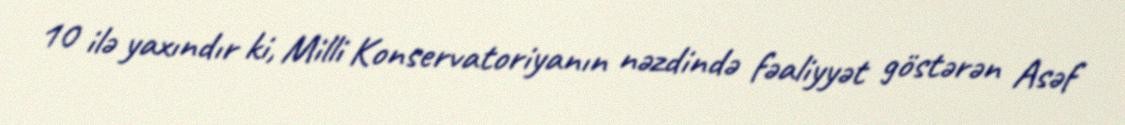
10 ilə yaxındır ki, Milli Konservatoriyanın nəzdində fəaliyyət göstərən Asəf